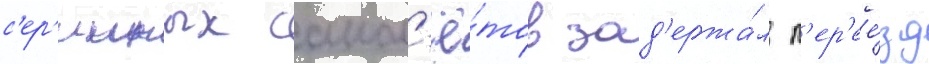
с'ер'ииных самол'ё́тов зад'ержа́л п'ер'ее́зд